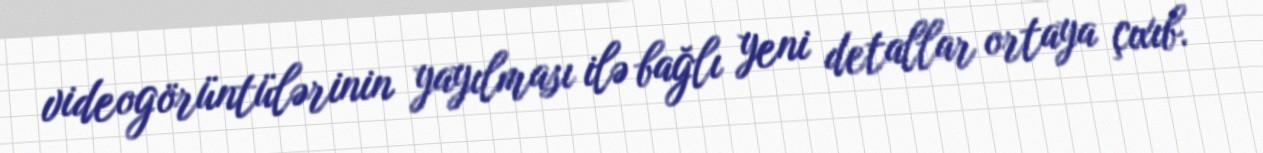
videogörüntülərinin yayılması ilə bağlı yeni detallar ortaya çıxıb.